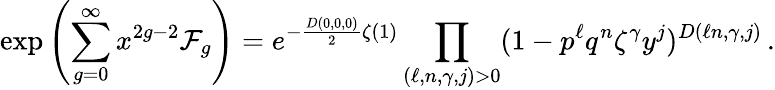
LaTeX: \exp\left(\sum_{g=0}^{\infty}x^{2g-2}\mathcal{F}_{g}\right)=e^{-\frac{D(0,0,0)}{2}\zeta(1)}\prod_{(\ell,n,\gamma,j)>0}(1-p^{\ell}q^{n}\zeta^{\gamma}y^{j})^{D(\ell n,\gamma,j)}\, .